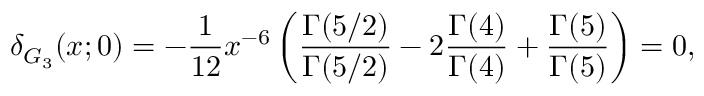
\delta _ { G _ { 3 } } ( x ; 0 ) = - { \frac { 1 } { 1 2 } } { x ^ { - 6 } } \left( { \frac { \Gamma ( 5 / 2 ) } { \Gamma ( 5 / 2 ) } } - 2 { \frac { \Gamma ( 4 ) } { \Gamma ( 4 ) } } + { \frac { \Gamma ( 5 ) } { \Gamma ( 5 ) } } \right) = 0 ,